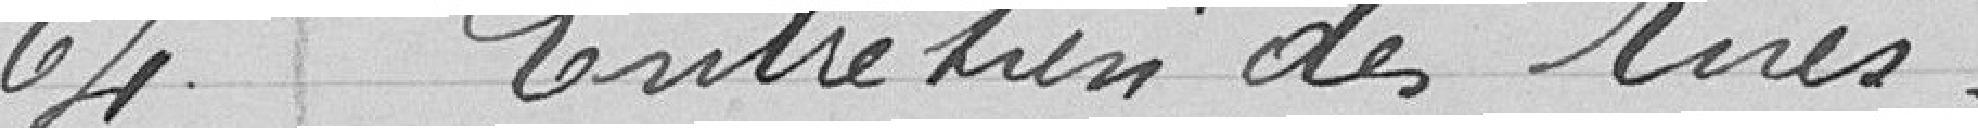
64. Entretien de rêves